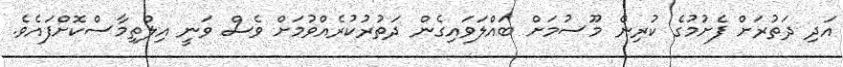
އަދި ދަތުރަށް ފެށުމުގެ ކުރިން މޫސުމަށް ބައްލަވައިގެން ދަތުރުކުރެއްވުމަށް ވެސް ވަނީ އިލްތިމާސްކޮށްފައެވެ.